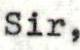
Sir,